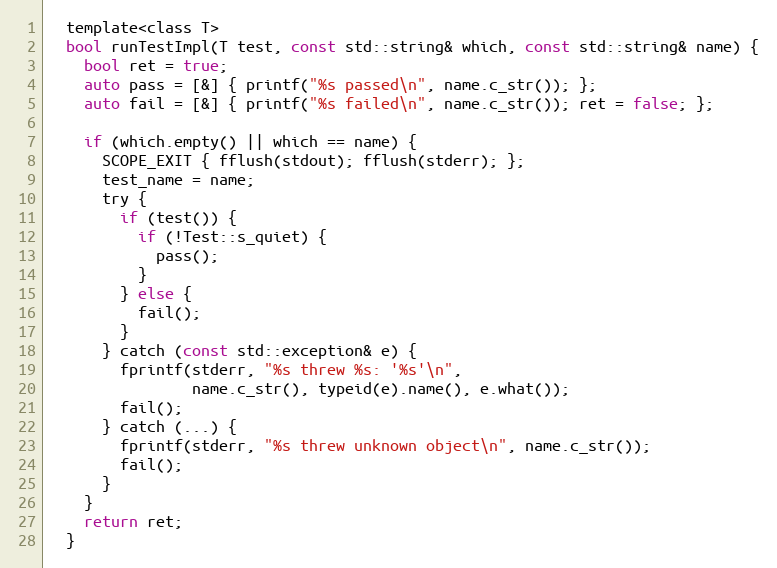
Language: C
  template<class T>
  bool runTestImpl(T test, const std::string& which, const std::string& name) {
    bool ret = true;
    auto pass = [&] { printf("%s passed\n", name.c_str()); };
    auto fail = [&] { printf("%s failed\n", name.c_str()); ret = false; };

    if (which.empty() || which == name) {
      SCOPE_EXIT { fflush(stdout); fflush(stderr); };
      test_name = name;
      try {
        if (test()) {
          if (!Test::s_quiet) {
            pass();
          }
        } else {
          fail();
        }
      } catch (const std::exception& e) {
        fprintf(stderr, "%s threw %s: '%s'\n",
                name.c_str(), typeid(e).name(), e.what());
        fail();
      } catch (...) {
        fprintf(stderr, "%s threw unknown object\n", name.c_str());
        fail();
      }
    }
    return ret;
  }